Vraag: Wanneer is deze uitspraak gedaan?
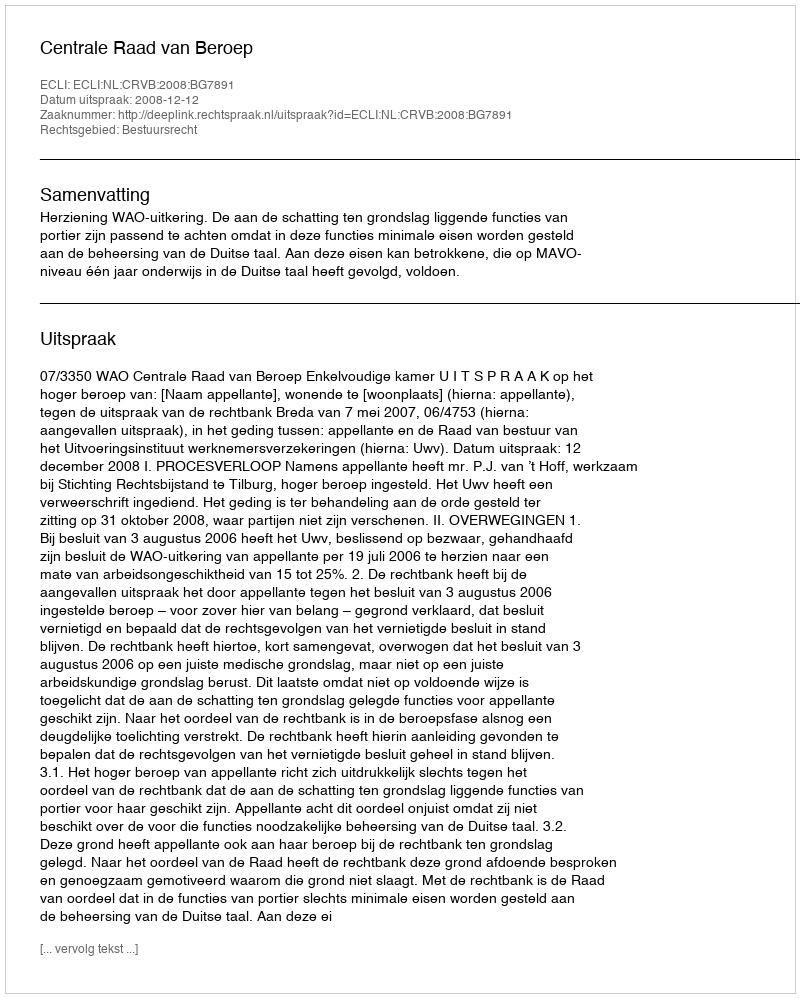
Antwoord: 2008-12-12